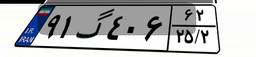
۵۳گ۲۴۳۴۷